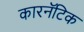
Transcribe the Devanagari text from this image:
कारनॅटिक